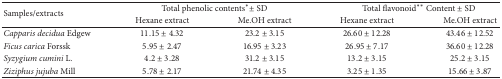
<table><thead><tr><td rowspan="2"><b>Samples/extracts</b></td><td colspan="2"><b>Total phenolic contents∗ ± SD</b></td><td colspan="2"><b>Total flavonoid∗∗ Content ± SD</b></td></tr><tr><td><b>Hexane extract</b></td><td><b>Me.OH extract</b></td><td><b>Hexane extract</b></td><td><b>Me.OH extract</b></td></tr></thead><tbody><tr><td><i>Capparis decidua</i> Edgew</td><td>11.15 ± 4.32</td><td>23.2 ± 3.15</td><td>26.60 ± 12.28</td><td>43.46 ± 12.52</td></tr><tr><td><i>Ficus carica</i> Forssk</td><td>5.95 ± 2.47</td><td>16.95 ± 3.23</td><td>26.95 ± 7.17</td><td>36.60 ± 12.28</td></tr><tr><td><i>Syzygium cumini</i> L.</td><td>4.2 ± 3.28</td><td>31.2 ± 3.15</td><td>13.2 ± 3.15</td><td>25.2 ± 3.15</td></tr><tr><td><i>Ziziphus jujuba</i> Mill</td><td>5.78 ± 2.17</td><td>21.74 ± 4.35</td><td>3.25 ± 1.35</td><td>15.66 ± 3.87</td></tr></tbody></table>